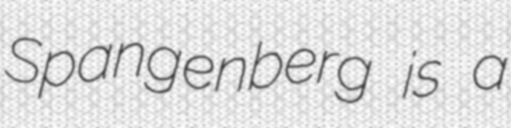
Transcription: Spangenberg is a